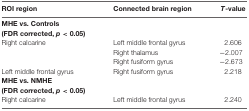
<table><thead><tr><td><b>ROI region</b></td><td><b>Connected brain region</b></td><td><b><i>T</i>-value</b></td></tr></thead><tbody><tr><td><b>MHE vs. Controls</b></td><td></td><td></td></tr><tr><td><b>(FDR corrected, <i>p</i> &lt; 0.05)</b></td><td></td><td></td></tr><tr><td>Right calcarine</td><td>Left middle frontal gyrus</td><td>2.606</td></tr><tr><td></td><td>Right thalamus</td><td>−2.007</td></tr><tr><td></td><td>Right fusiform gyrus</td><td>−2.673</td></tr><tr><td>Left middle frontal gyrus</td><td>Right fusiform gyrus</td><td>2.218</td></tr><tr><td><b>MHE vs. NMHE</b></td><td></td><td></td></tr><tr><td><b>(FDR corrected, <i>p</i> &lt; 0.05)</b></td><td></td><td></td></tr><tr><td>Right calcarine</td><td>Left middle frontal gyrus</td><td>2.240</td></tr></tbody></table>